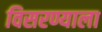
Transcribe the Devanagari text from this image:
विसरण्याला